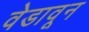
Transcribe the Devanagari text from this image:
वेडावून